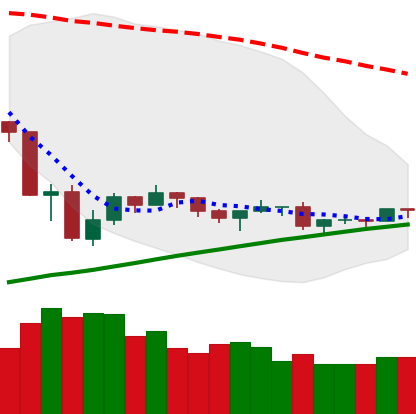
Ticker: ETH-USD
Chart end date: 2019-08-01
Forward return: 3.77%
Label: up_3_5